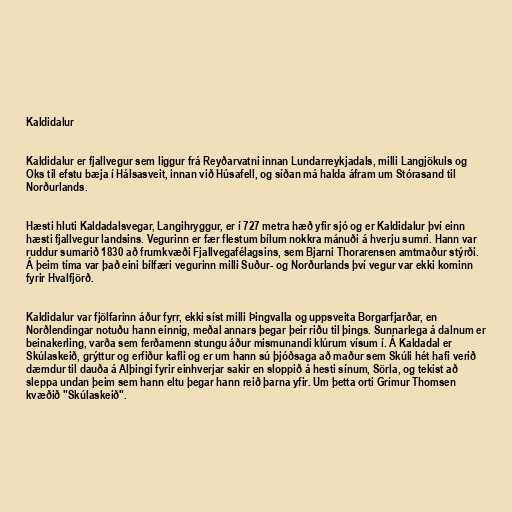
Kaldidalur

Kaldidalur er fjallvegur sem liggur frá Reyðarvatni innan Lundarreykjadals, milli Langjökuls og
Oks til efstu bæja í Hálsasveit, innan við Húsafell, og síðan má halda áfram um Stórasand til
Norðurlands.

Hæsti hluti Kaldadalsvegar, Langihryggur, er í 727 metra hæð yfir sjó og er Kaldidalur því einn
hæsti fjallvegur landsins. Vegurinn er fær flestum bílum nokkra mánuði á hverju sumri. Hann var
ruddur sumarið 1830 að frumkvæði Fjallvegafélagsins, sem Bjarni Thorarensen amtmaður stýrði.
Á þeim tíma var það eini bílfæri vegurinn milli Suður- og Norðurlands því vegur var ekki kominn
fyrir Hvalfjörð.

Kaldidalur var fjölfarinn áður fyrr, ekki síst milli Þingvalla og uppsveita Borgarfjarðar, en
Norðlendingar notuðu hann einnig, meðal annars þegar þeir riðu til þings. Sunnarlega á dalnum er
beinakerling, varða sem ferðamenn stungu áður mismunandi klúrum vísum í. Á Kaldadal er
Skúlaskeið, grýttur og erfiður kafli og er um hann sú þjóðsaga að maður sem Skúli hét hafi verið
dæmdur til dauða á Alþingi fyrir einhverjar sakir en sloppið á hesti sínum, Sörla, og tekist að
sleppa undan þeim sem hann eltu þegar hann reið þarna yfir. Um þetta orti Grímur Thomsen
kvæðið "Skúlaskeið".